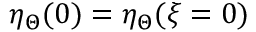
\eta _ { \Theta } ( 0 ) = \eta _ { \Theta } ( \xi = 0 )